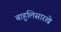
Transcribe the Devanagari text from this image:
बाहुलिसारखे